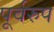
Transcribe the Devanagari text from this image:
पूर्वरुप